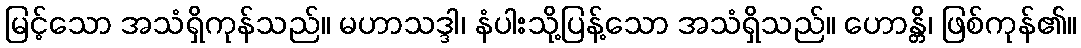
မြင့်သော အသံရှိကုန်သည်။ မဟာသဒ္ဒါ၊ နံပါးသို့ပြန့်သော အသံရှိသည်။ ဟောန္တိ၊ ဖြစ်ကုန်၏။